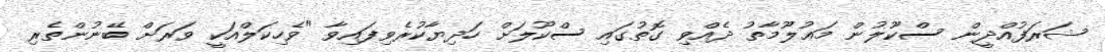
ޝަރަފުއްދީން ސްކޫލުން މަޢުލޫމާތު ދެއްވި ގޮތުގައި ސްކޫލަށް ހަދިޔާކުރެވިފައިވާ "ވެހިކަލްއަކީ ވަރަށް ބޭނުންތެރި